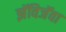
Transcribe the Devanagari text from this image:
झॅविजॅवा